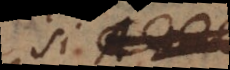
si A